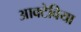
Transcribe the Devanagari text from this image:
आक्टेविया